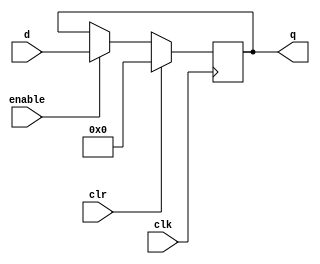
// This program was cloned from: https://github.com/conboy/elec374-cpu
// License: MIT License

module outport(
    input wire clk,         // clock signal
    input wire clr,         // clear signal
    input wire enable,      // write/enable signal
    input wire [31:0] d,    // 32-bit input from bus
    output reg [31:0] q     // 32-bit output to output unit
);

	// Initialize output to 0
	initial q = 0;

	// Register behavior
	always @ (posedge clk) begin
		if (clr)
			q <= 0;
		else if (enable)
			q <= d;
	end

endmodule

module inport(
    input wire clk,         // clock signal
    input wire clr,         // clear signal
    input wire enable,      // write/enable signal
    input wire [31:0] d,    // 32-bit input from input device
    output reg [31:0] q     // 32-bit output to bus
);

	// Initialize output to 0
	initial q = 0;

	// Register behavior
	always @ (posedge clk) begin
		if (clr)
			q <= 0;
		else if (enable)
			q <= d;
	end

endmodule